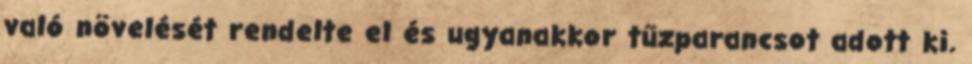
való növelését rendelte el és ugyanakkor tűzparancsot adott ki.